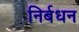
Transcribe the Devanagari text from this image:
निर्बधन